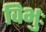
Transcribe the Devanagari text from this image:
विभुः